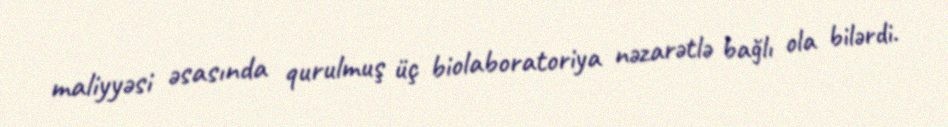
maliyyəsi əsasında qurulmuş üç biolaboratoriya nəzarətlə bağlı ola bilərdi.